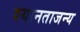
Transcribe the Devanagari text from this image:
श्यानताजन्य